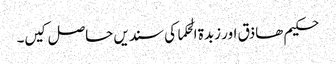
حکیم ھاذق اور زبدۃ الحکما کی سندیں حاصل کیں۔